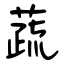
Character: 蔬